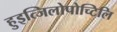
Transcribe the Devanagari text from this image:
हुइत्जिलोपोच्टिलि